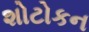
શોટોકન